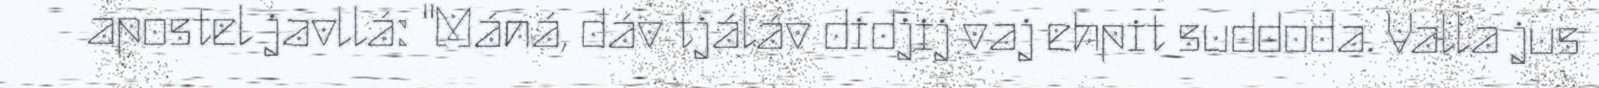
apostel javllá: "Máná, dáv tjáláv didjij vaj ehpit suddoda. Valla jus